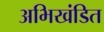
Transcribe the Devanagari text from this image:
अभिखंडित